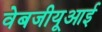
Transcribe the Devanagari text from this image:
वेबजीयूआई